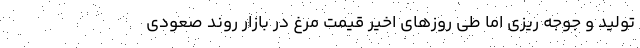
تولید و جوجه ریزی اما طی روزهای اخیر قیمت مرغ در بازار روند صعودی